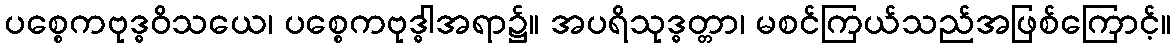
ပစ္စေကဗုဒ္ဓဝိသယေ၊ ပစ္စေကဗုဒ္ဓါအရာ၌။ အပရိသုဒ္ဓတ္တာ၊ မစင်ကြယ်သည်အဖြစ်ကြောင့်။